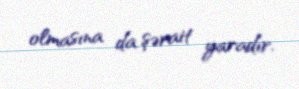
olmasına da şərait yaradır.